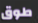
طوق